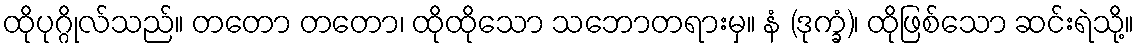
ထိုပုဂ္ဂိုလ်သည်။ တတော တတော၊ ထိုထိုသော သဘောတရားမှ။ နံ (ဒုက္ခံ)၊ ထိုဖြစ်သော ဆင်းရဲသို့။